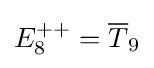
E_{8}^{++}={\overline {T}}_{9}